Sketch of the medical history of the native army of Bombay, for the year
Year: 1872
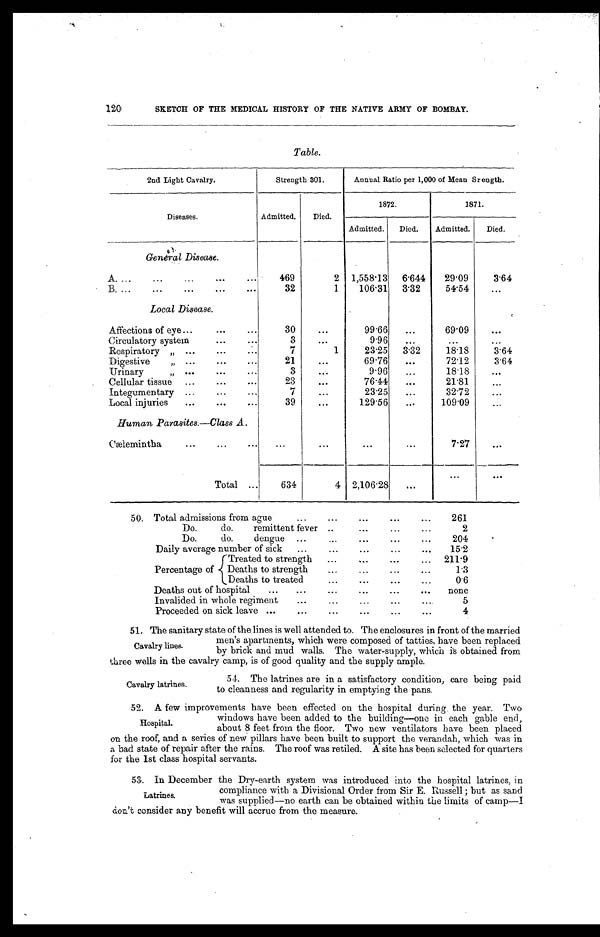
120
SKETCH OF THE MEDICAL HISTORY OF THE NATIVE ARMY OF BOMBAY.
Table.
2nd Light Cavalry.
Strength 301.
Annual Ratio per 1,000 of Mean Sr ength.
Diseases.
Admitted.
Died.
1872.
1871.
Admitted.
Died.
Admitted.
Died.
General Disease.
A . . . .
469
2
1,558.13
6.644
29.09
3.64
B.
.
.
.
32
1
106.31
3.32
54.54
. . .
Local Disease.
Affections of eye . . .
30
. . .
99.66
. . .
69.09
. . .
Circulatory system . . .
3
. . .
9.96
. . .
. . .
. . .
Respiratory . . .
7
1
23.25
3.32
18.18
3.64
Digestive . . .
21
. . .
69.76
. . .
72.12
3.64
Urinary . . .
3
. . .
9.96
. . .
18.18
. . .
Cellular tissue . ..
23
. . .
76.44
. . .
21.81
. . .
Integumentary . . .
7
. . .
23.25
. . .
32.72
. . .
Local injuries . . .
39
. . .
129.56
. . .
109.09
. . .
Human Parasites.—Class A.
Cælemintha . . .
. . .
. . .
. . .
. . .
7.27
. . .
Total . . .
634
4
2,106.28
. . .
. . .
. . .
50. Total admissions from ague . . .
261
Do. do. remittent fever . . .
2
Do. do. dengue . . .
204
Daily average number of sick . . .
15.2
Treated to strength . . .
211.9
Percentage of
Deaths to strength . . .
1 . 3
Deaths to treated . . .
0 . 6
Deaths out of hospital . . .
none
Invalided in whole regiment . . .
5
Proceeded on sick leave . . .
4
51. The sanitary state of the lines is well attended to. The enclosures in front of the married
men's apartments, which were composed of tatties, have been replaced
by brick and mud walls. The water-supply, which is obtained from
three wells in the cavalry camp, is of good quality and the supply ample.
Cavalry lines.
Cavalry latrines.
54. The latrines are in a satisfactory condition, care being paid
to cleanness and regularity in emptying the pans.
52. A few improvements have been effected on the hospital during the year. Two
windows have been added to the building—one in each gable end,
about 8 feet from the floor. Two new ventilators have been placed
on the roof, and a series of new pillars have been built to support the verandah, which was in
a bad state of repair after the rains. The roof was retiled. A site has been selected for quarters
for the 1st class hospital servants.
Hospital.
53. In December the Dry-earth system was introduced into the hospital latrines, in
compliance with a Divisional Order from Sir E. Russell ; but as sand
was supplied—no earth can be obtained within the limits of camp—I
don't consider any benefit will accrue from the measure.
Latrines.